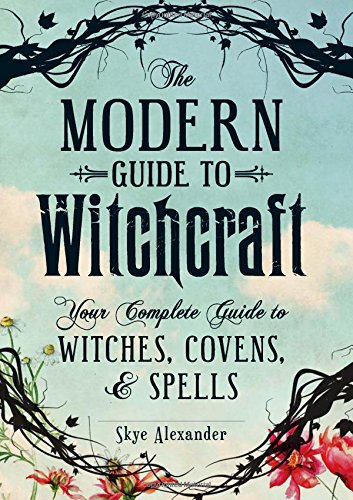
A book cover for The Modern Guide To Witchcraft: Your Complete Guide to Witches, Covens, and Spells; Skye Alexander; Reference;